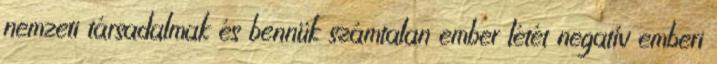
nemzeti tár­sa­dalmak és bennük számtalan ember létét negatív emberi